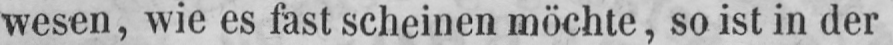
wesen, wie es fast scheinen möchte, so ist in der